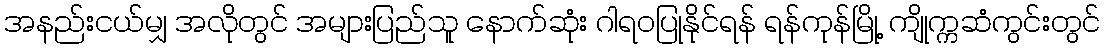
အနည်းငယ်မျှ အလိုတွင် အများပြည်သူ နောက်ဆုံး ဂါရဝပြုနိုင်ရန် ရန်ကုန်မြို့ ကျိုက္ကဆံကွင်းတွင်